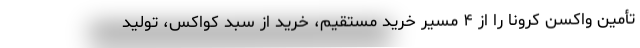
تأمین واکسن کرونا را از ۴ مسیر خرید مستقیم، خرید از سبد کواکس، تولید